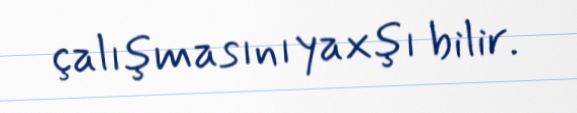
çalışmasını yaxşı bilir.